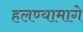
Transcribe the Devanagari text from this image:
हलण्यामागे